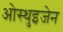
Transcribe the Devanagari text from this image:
ओस्थुइजेन